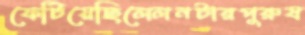
ফেটিয়েছিলেলনটারপুরুষ